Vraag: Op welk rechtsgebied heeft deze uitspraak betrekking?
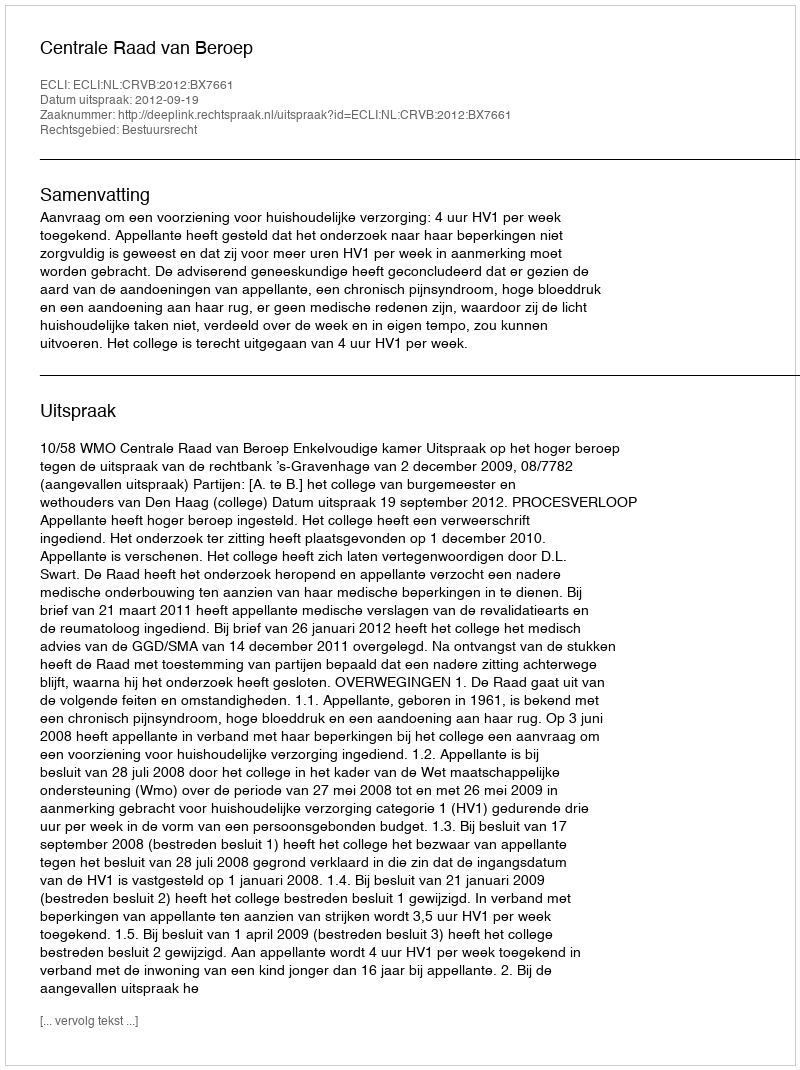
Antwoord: Bestuursrecht